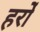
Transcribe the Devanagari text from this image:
हर्रो